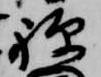
禅